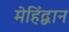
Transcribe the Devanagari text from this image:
मेहिंद्वान